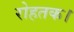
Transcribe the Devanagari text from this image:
रोहतक।